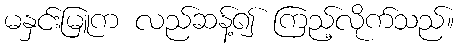
မနှင်းမြူက လည်ဆန့်၍ ကြည့်လိုက်သည်။